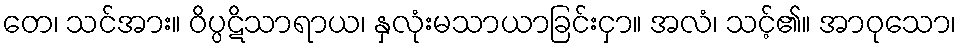
တေ၊ သင်အား။ ဝိပ္ပဋိသာရာယ၊ နှလုံးမသာယာခြင်းငှာ။ အလံ၊ သင့်၏။ အာဝုသော၊